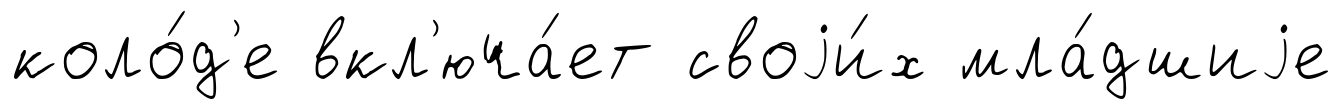
коло́д'е вкл'юча́ет своjи́х мла́дшиjе